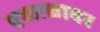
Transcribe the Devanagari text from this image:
एखाद्यावर